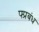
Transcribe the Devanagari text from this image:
फ्प्रबंध